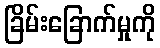
ခြိမ်းခြောက်မှုကို